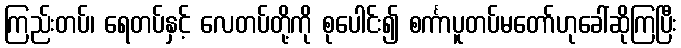
ကြည်းတပ်၊ ရေတပ်နှင့် လေတပ်တို့ကို စုပေါင်း၍ စင်္ကာပူတပ်မတော်ဟုခေါ်ဆိုကြပြီး